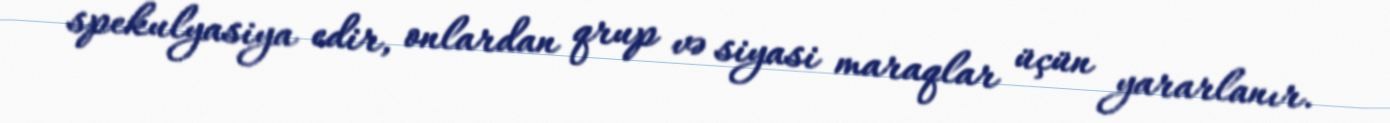
spekulyasiya edir, onlardan qrup və siyasi maraqlar üçün yararlanır.